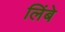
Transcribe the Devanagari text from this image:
लिंबे